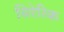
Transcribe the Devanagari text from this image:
सिरेरिक